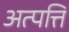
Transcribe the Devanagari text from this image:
अत्पत्ति